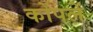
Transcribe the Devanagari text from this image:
कोंपलें